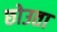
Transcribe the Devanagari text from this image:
छोउता